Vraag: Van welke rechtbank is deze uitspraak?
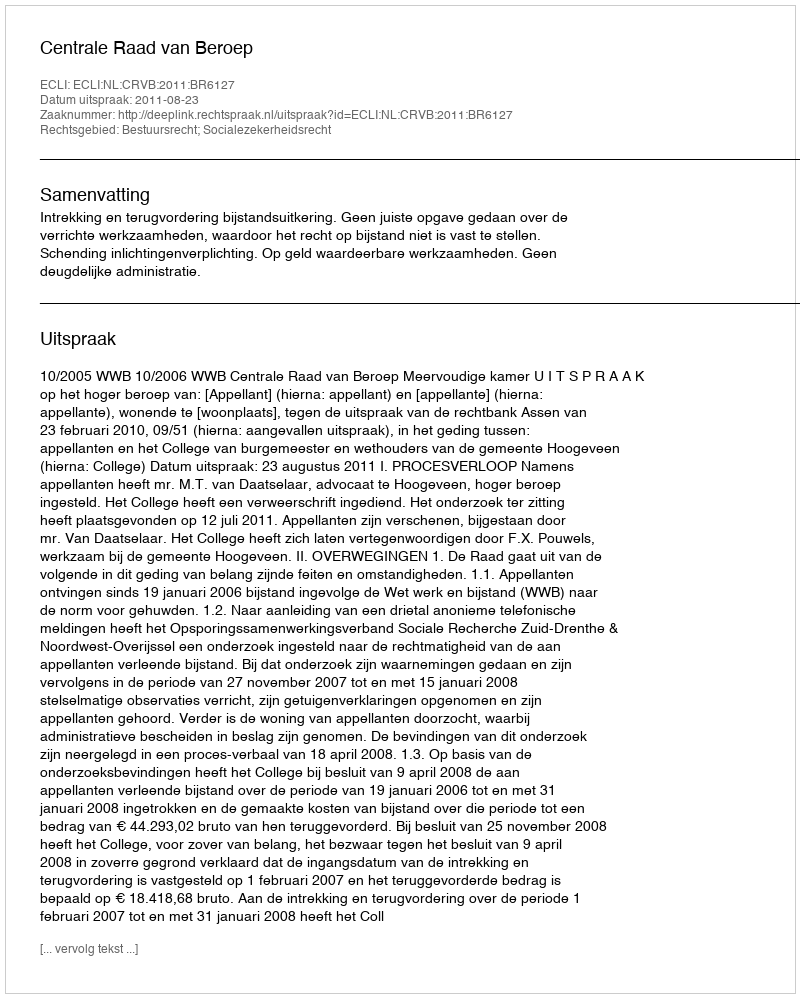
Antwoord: Centrale Raad van Beroep